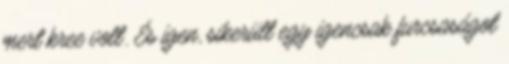
mert kree volt. És igen, sikerült egy igencsak furcsaságot